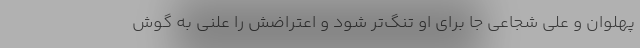
پهلوان و علی شجاعی جا برای او تنگ‌تر شود و اعتراضش را علنی به گوش